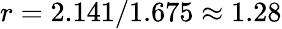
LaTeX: r=2.141/1.675\approx 1.28